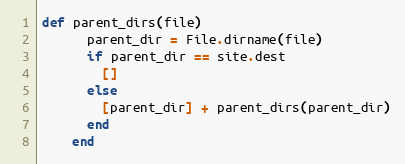
Language: Ruby
def parent_dirs(file)
      parent_dir = File.dirname(file)
      if parent_dir == site.dest
        []
      else
        [parent_dir] + parent_dirs(parent_dir)
      end
    end